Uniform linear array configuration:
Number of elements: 48
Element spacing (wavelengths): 0.75
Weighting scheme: binomial
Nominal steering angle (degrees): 60
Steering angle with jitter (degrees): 61.724
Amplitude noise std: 0.05
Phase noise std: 0.05

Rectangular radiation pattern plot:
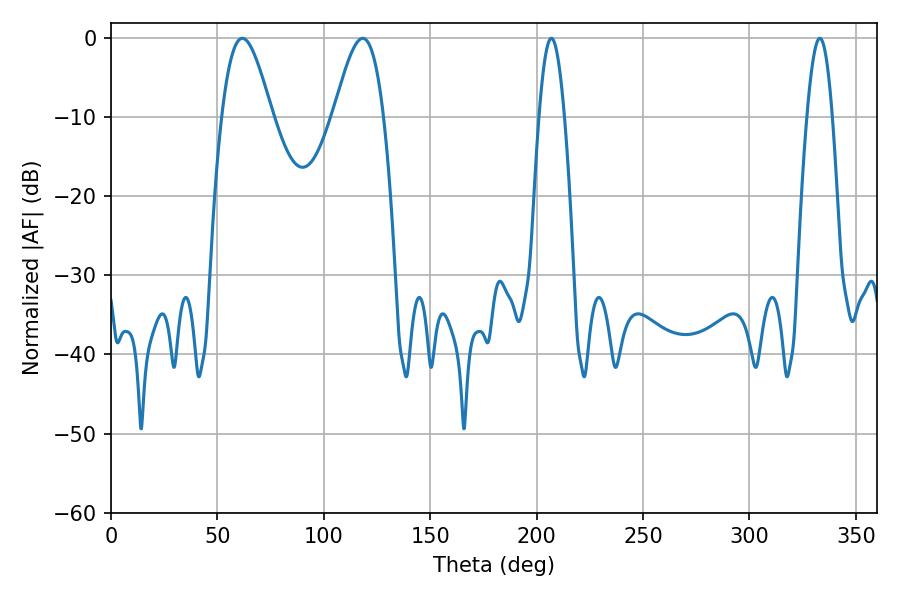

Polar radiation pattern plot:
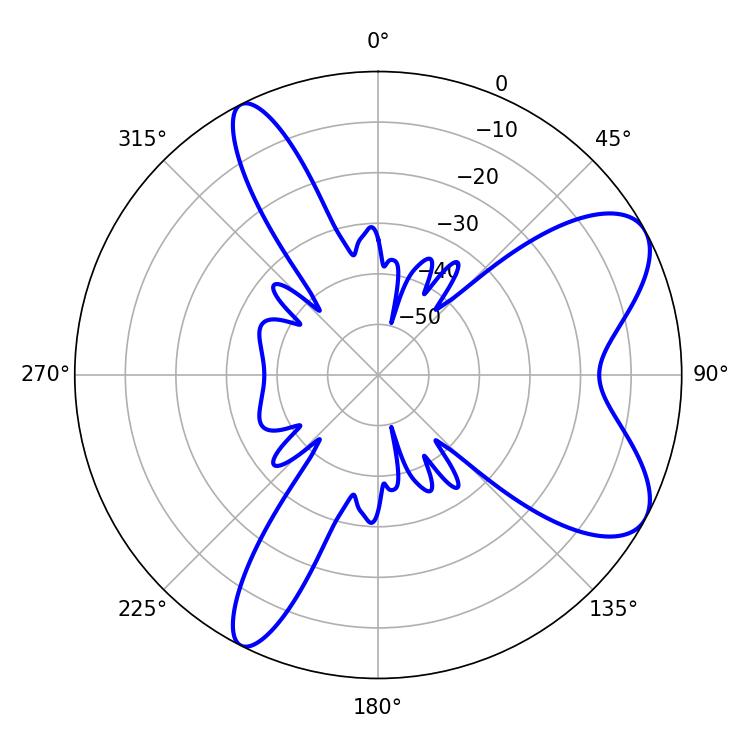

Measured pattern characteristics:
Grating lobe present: TRUE
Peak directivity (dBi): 7.839
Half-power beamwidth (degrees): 12.42
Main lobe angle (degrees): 61.74